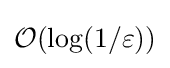
{\mathcal {O}}(\log(1/\varepsilon ))